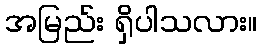
အမြည်း ရှိပါသလား။